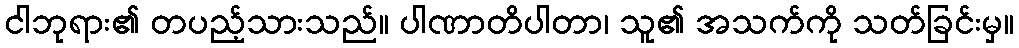
ငါဘုရား၏ တပည့်သားသည်။ ပါဏာတိပါတာ၊ သူ၏ အသက်ကို သတ်ခြင်းမှ။